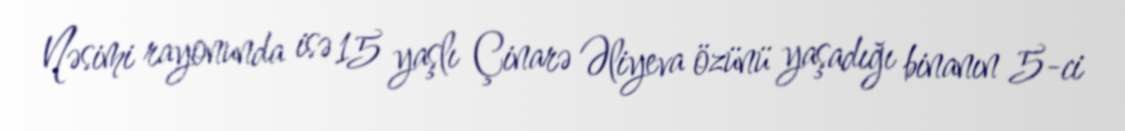
Nəsimi rayonunda isə 15 yaşlı Çinarə Əliyeva özünü yaşadığı binanın 5-ci